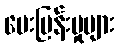
မေးမြန်းမှုများ